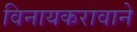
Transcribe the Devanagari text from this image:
विनायकरावाने